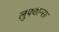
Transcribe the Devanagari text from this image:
लुफ्थान्सा